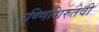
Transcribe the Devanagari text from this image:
उण्णिच्चिरुतेवी